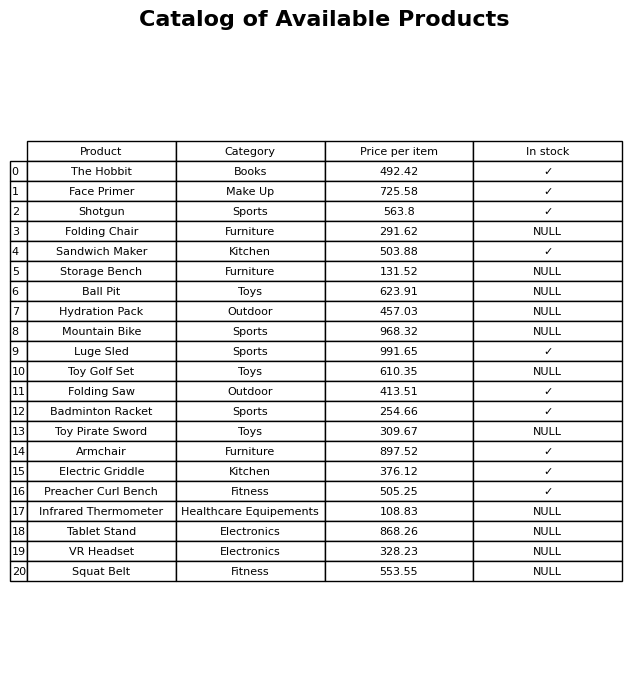
question: What is the price of the Tablet Stand?
answer: The price of Tablet Stand is 868.26.